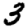
Digit: 3